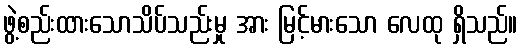
ဖွဲ့စည်းထားသောသိပ်သည်းမှု အား မြင့်မားသော လေထု ရှိသည်။